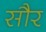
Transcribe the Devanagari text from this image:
साैर